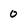
Character: 0